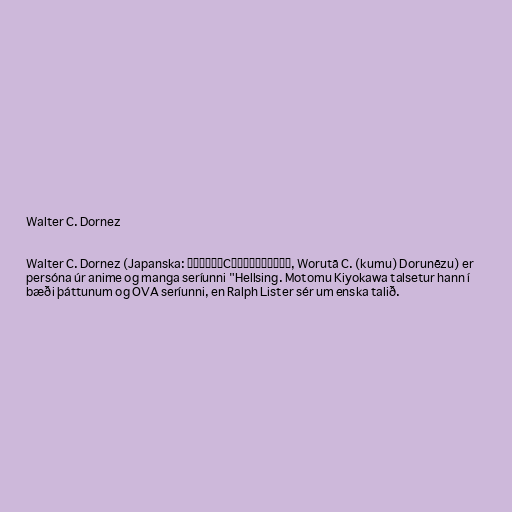
Walter C. Dornez

Walter C. Dornez (Japanska: ウォルター・C（クム）・ドルネーズ, Worutā C. (kumu) Dorunēzu) er
persóna úr anime og manga seríunni "Hellsing. Motomu Kiyokawa talsetur hann í
bæði þáttunum og OVA seríunni, en Ralph Lister sér um enska talið.